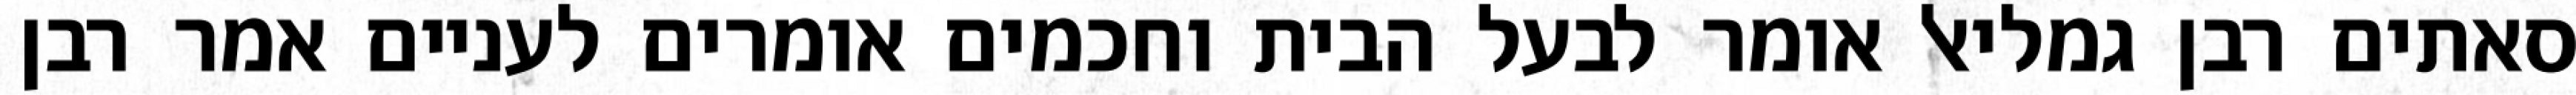
סאתים רבן גמליאל אומר לבעל הבית וחכמים אומרים לעניים אמר רבן